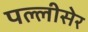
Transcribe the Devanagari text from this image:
पल्लीसेर